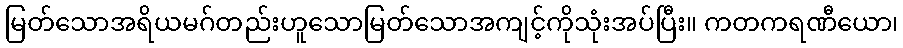
မြတ်သောအရိယမဂ်တည်းဟူသောမြတ်သောအကျင့်ကိုသုံးအပ်ပြီး။ ကတကရဏီယော၊